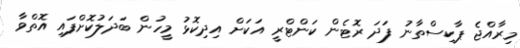
މިރާއްޖެ ޕާކިސްތާނު ފަދަ ރޮޓެން ކަންޓްރީ އަކަށް އިދިކޮޅު މީހުން ބަދަލުކޮށްފައި އޮތްވާ